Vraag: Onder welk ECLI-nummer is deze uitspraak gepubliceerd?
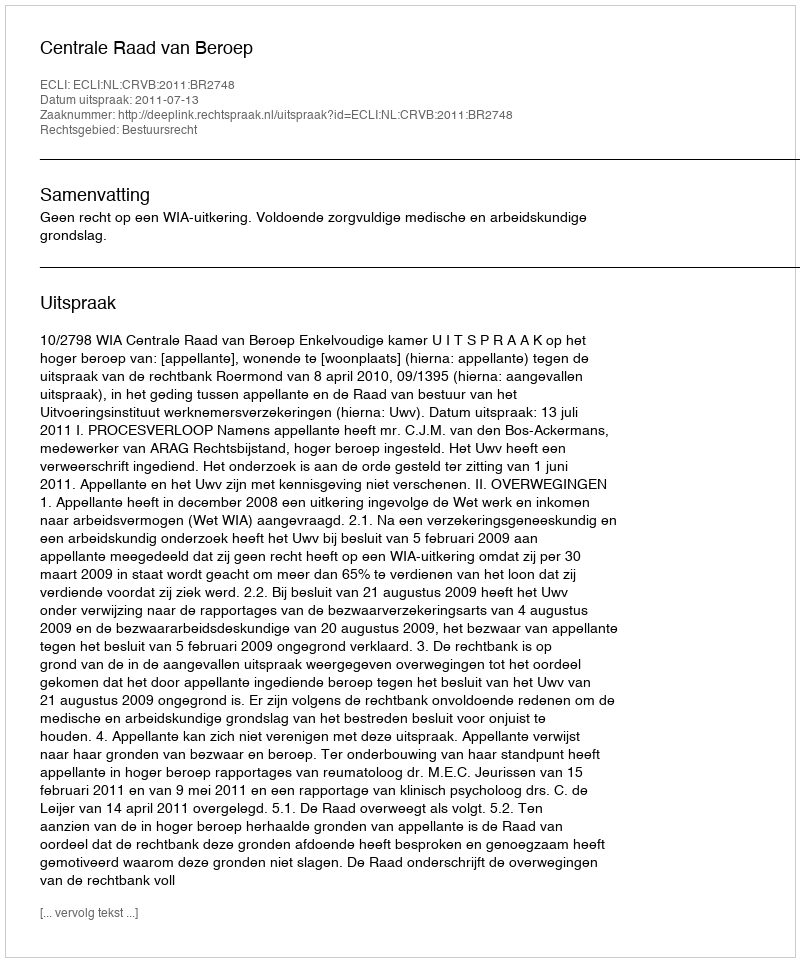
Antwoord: ECLI:NL:CRVB:2011:BR2748